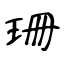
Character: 珊